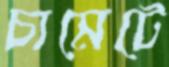
চামেটে